Report of the Bombay Veterinary College
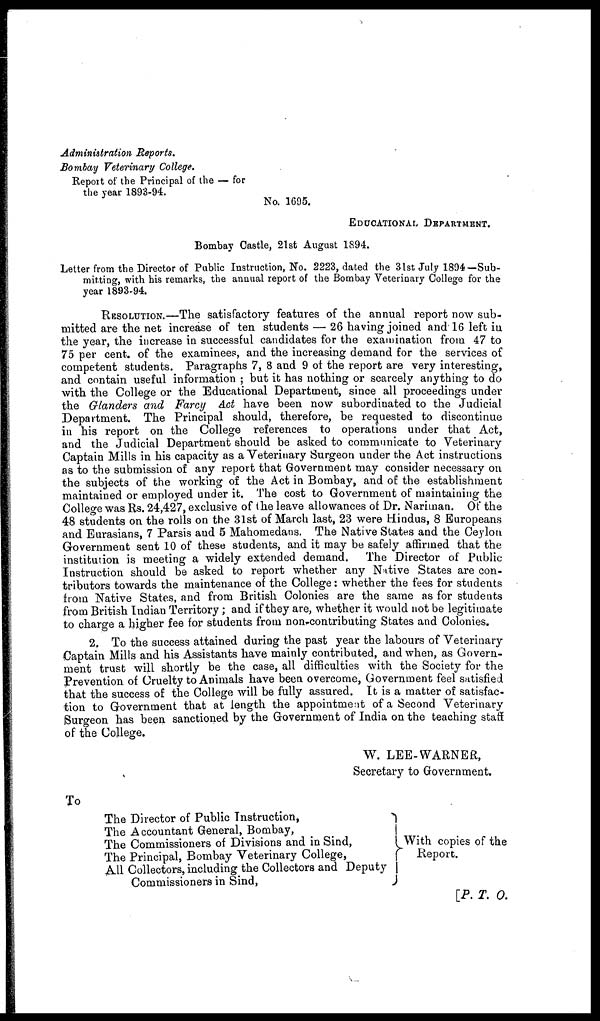
Administration Reports.
Bombay Veterinary College.
Report of the Principal of the — for
the year 1893-94.
No. 1695.
EDUCATIONAL DEPARTMENT.
Bombay Castle, 21st August 1894.
Letter from the Director of Public Instruction, No. 2223, dated the 31st July 1894— Sub-
mitting, with his remarks, the annual report of the Bombay Veterinary College for the
year 1893-94.
RESOLUTION.—The satisfactory features of the annual report now sub-
mitted are the net increase of ten students — 26 having joined and 16 left in
the year, the increase in successful candidates for the examination from 47 to
75 per cent. of the examinees, and the increasing demand for the services of
competent students. Paragraphs 7, 8 and 9 of the report are very interesting,
and contain useful information ; but it has nothing or scarcely anything to do
with the College or the Educational Department, since all proceedings under
the Glanders and Farcy Act have been now subordinated to the Judicial
Department. The Principal should, therefore, be requested to discontinue
in his report on the College references to operations under that Act,
and the Judicial Department should be asked to communicate to Veterinary
Captain Mills in his capacity as a Veterinary Surgeon under the Act instructions
as to the submission of any report that Government may consider necessary on
the subjects of the working of the Act in Bombay, and of the establishment
maintained or employed under it. The cost to Government of maintaining the
College was Rs. 24,427, exclusive of the leave allowances of Dr. Nariman. Of the
48 students on the rolls on the 31st of March last, 23 were Hindus, 8 Europeans
and Eurasians, 7 Parsis and 5 Mahomedans. The Native States and the Ceylon
Government sent 10 of these students, and it may be safely affirmed that the
institution is meeting a widely extended demand. The Director of Public
Instruction should be asked to report whether any Native States are con-
tributors towards the maintenance of the College: whether the fees for students
from Native States, and from British Colonies are the same as for students
from British Indian Territory; and if they are, whether it would not be legitimate
to charge a higher fee for students from non-contributing States and Colonies.
2. To the success attained during the past year the labours of Veterinary
Captain Mills and his Assistants have mainly contributed, and when, as Govern-
ment trust will shortly be the case, all difficulties with the Society for the
Prevention of Cruelty to Animals have been overcome, Government feel satisfied
that the success of the College will be fully assured. It is a matter of satisfac-
tion to Government that at length the appointment of a Second Veterinary
Surgeon has been sanctioned by the Government of India on the teaching staff
of the College.
W. LEE-WARNER,
Secretary to Government.
To
The Director of Public Instruction,
The Accountant General, Bombay,
The Commissioners of Divisions and in Sind,
The Principal, Bombay Veterinary College,
All Collectors, including the Collectors and Deputy
Commissioners in Sind,
With copies of the
Report.
[ P. T. O.